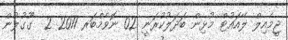
ޖީމެއިލް ލޭއައުޓް މުޅިން ބަދަލުކުރަނީ 02 ނޮވެމްބަރ 2011 2  ގޫގުލުން